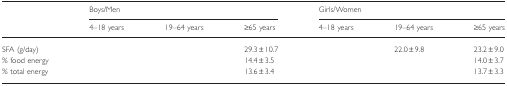
<table><thead><tr><td>[EMPTY_CELL]</td><td colspan="3"><b>Boys/Men</b></td><td colspan="3"><b>Girls/Women</b></td></tr><tr><td>[EMPTY_CELL]</td><td><b>4–18 years</b></td><td><b>19–64 years</b></td><td><b>≥65 years</b></td><td><b>4–18 years</b></td><td><b>19–64 years</b></td><td><b>≥65 years</b></td></tr></thead><tbody><tr><td>SFA (g/day)</td><td>[EMPTY_CELL]</td><td>[EMPTY_CELL]</td><td>29.3 ± 10.7</td><td>[EMPTY_CELL]</td><td>22.0 ± 9.8</td><td>23.2 ± 9.0</td></tr><tr><td>% food energy</td><td>[EMPTY_CELL]</td><td>[EMPTY_CELL]</td><td>14.4 ± 3.5</td><td>[EMPTY_CELL]</td><td>[EMPTY_CELL]</td><td>14.0 ± 3.7</td></tr><tr><td>% total energy</td><td>[EMPTY_CELL]</td><td>[EMPTY_CELL]</td><td>13.6 ± 3.4</td><td>[EMPTY_CELL]</td><td>[EMPTY_CELL]</td><td>13.7 ± 3.3</td></tr></tbody></table>